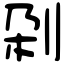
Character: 刴